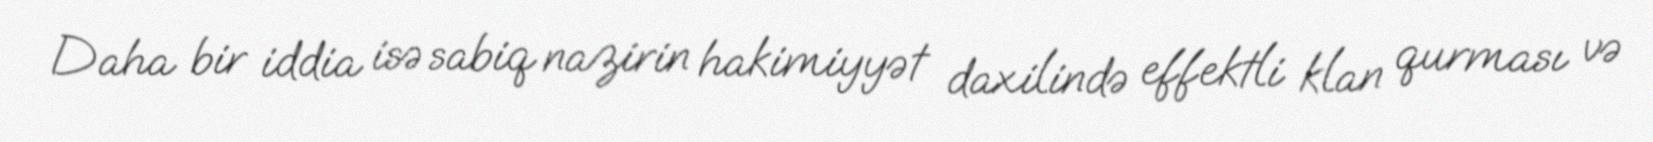
Daha bir iddia isə sabiq nazirin hakimiyyət daxilində effektli klan qurması və